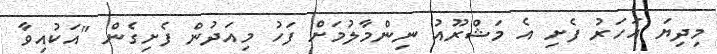
މިދިޔަ އަހަރު ފެށި އެ މަޝްރޫއު ނިންމާލުމަށް ފަހު މިއަދުން ފެށިގެން "އަކުއިވާ